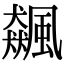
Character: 飆